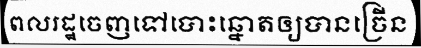
ពលរដ្ឋចេញទៅបោះឆ្នោតឲ្យបានច្រើន